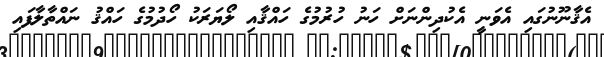
އެޤާނޫނުގައި އެވަނީ އެކުދިންނަށް ހަނު ހުރުމުގެ ހައްޤާއި ލޯޔަރަކު ހޯދުމުގެ ހައްޤު ނައްތާލާފައި